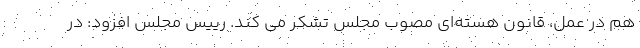
هم در عمل، قانون هسته‌ای مصوب مجلس تشکر می کند. رییس مجلس افزود: در